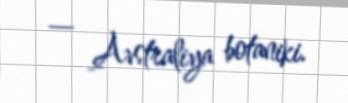
— Avstraliya botaniki.